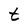
Character: t